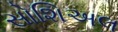
સોશિઅલ